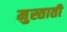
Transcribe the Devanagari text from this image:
मुस्ताती